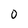
Character: 0